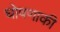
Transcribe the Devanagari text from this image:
घोषणाकी